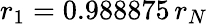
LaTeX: r_{1}=0.988875\, r_{N}